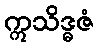
ဣသိဒ္ဓဇံ